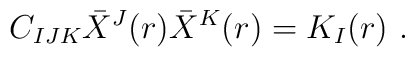
C_{IJK}\bar X^J(r)\bar  X^K(r) = K_I(r) \ .